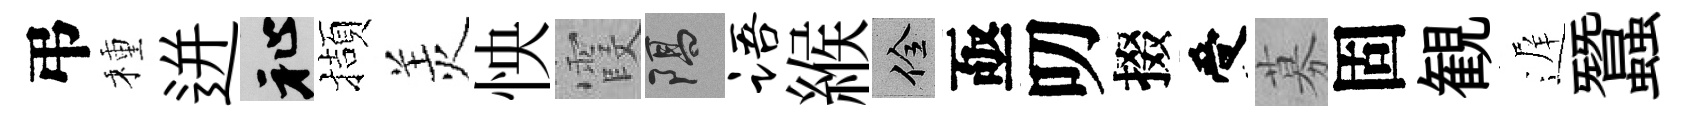
弔種迸祉擷羙怏霞隔语緱佺亟叨掇受募固観遅蠶